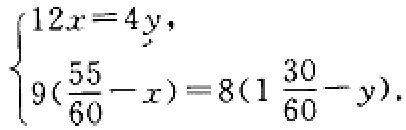
$\begin{cases}12x = 4y,\\9(\frac{55}{60}-x)=8(1\frac{30}{60}-y).\end{cases}$